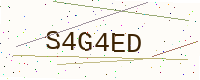
Text: S4G4ED